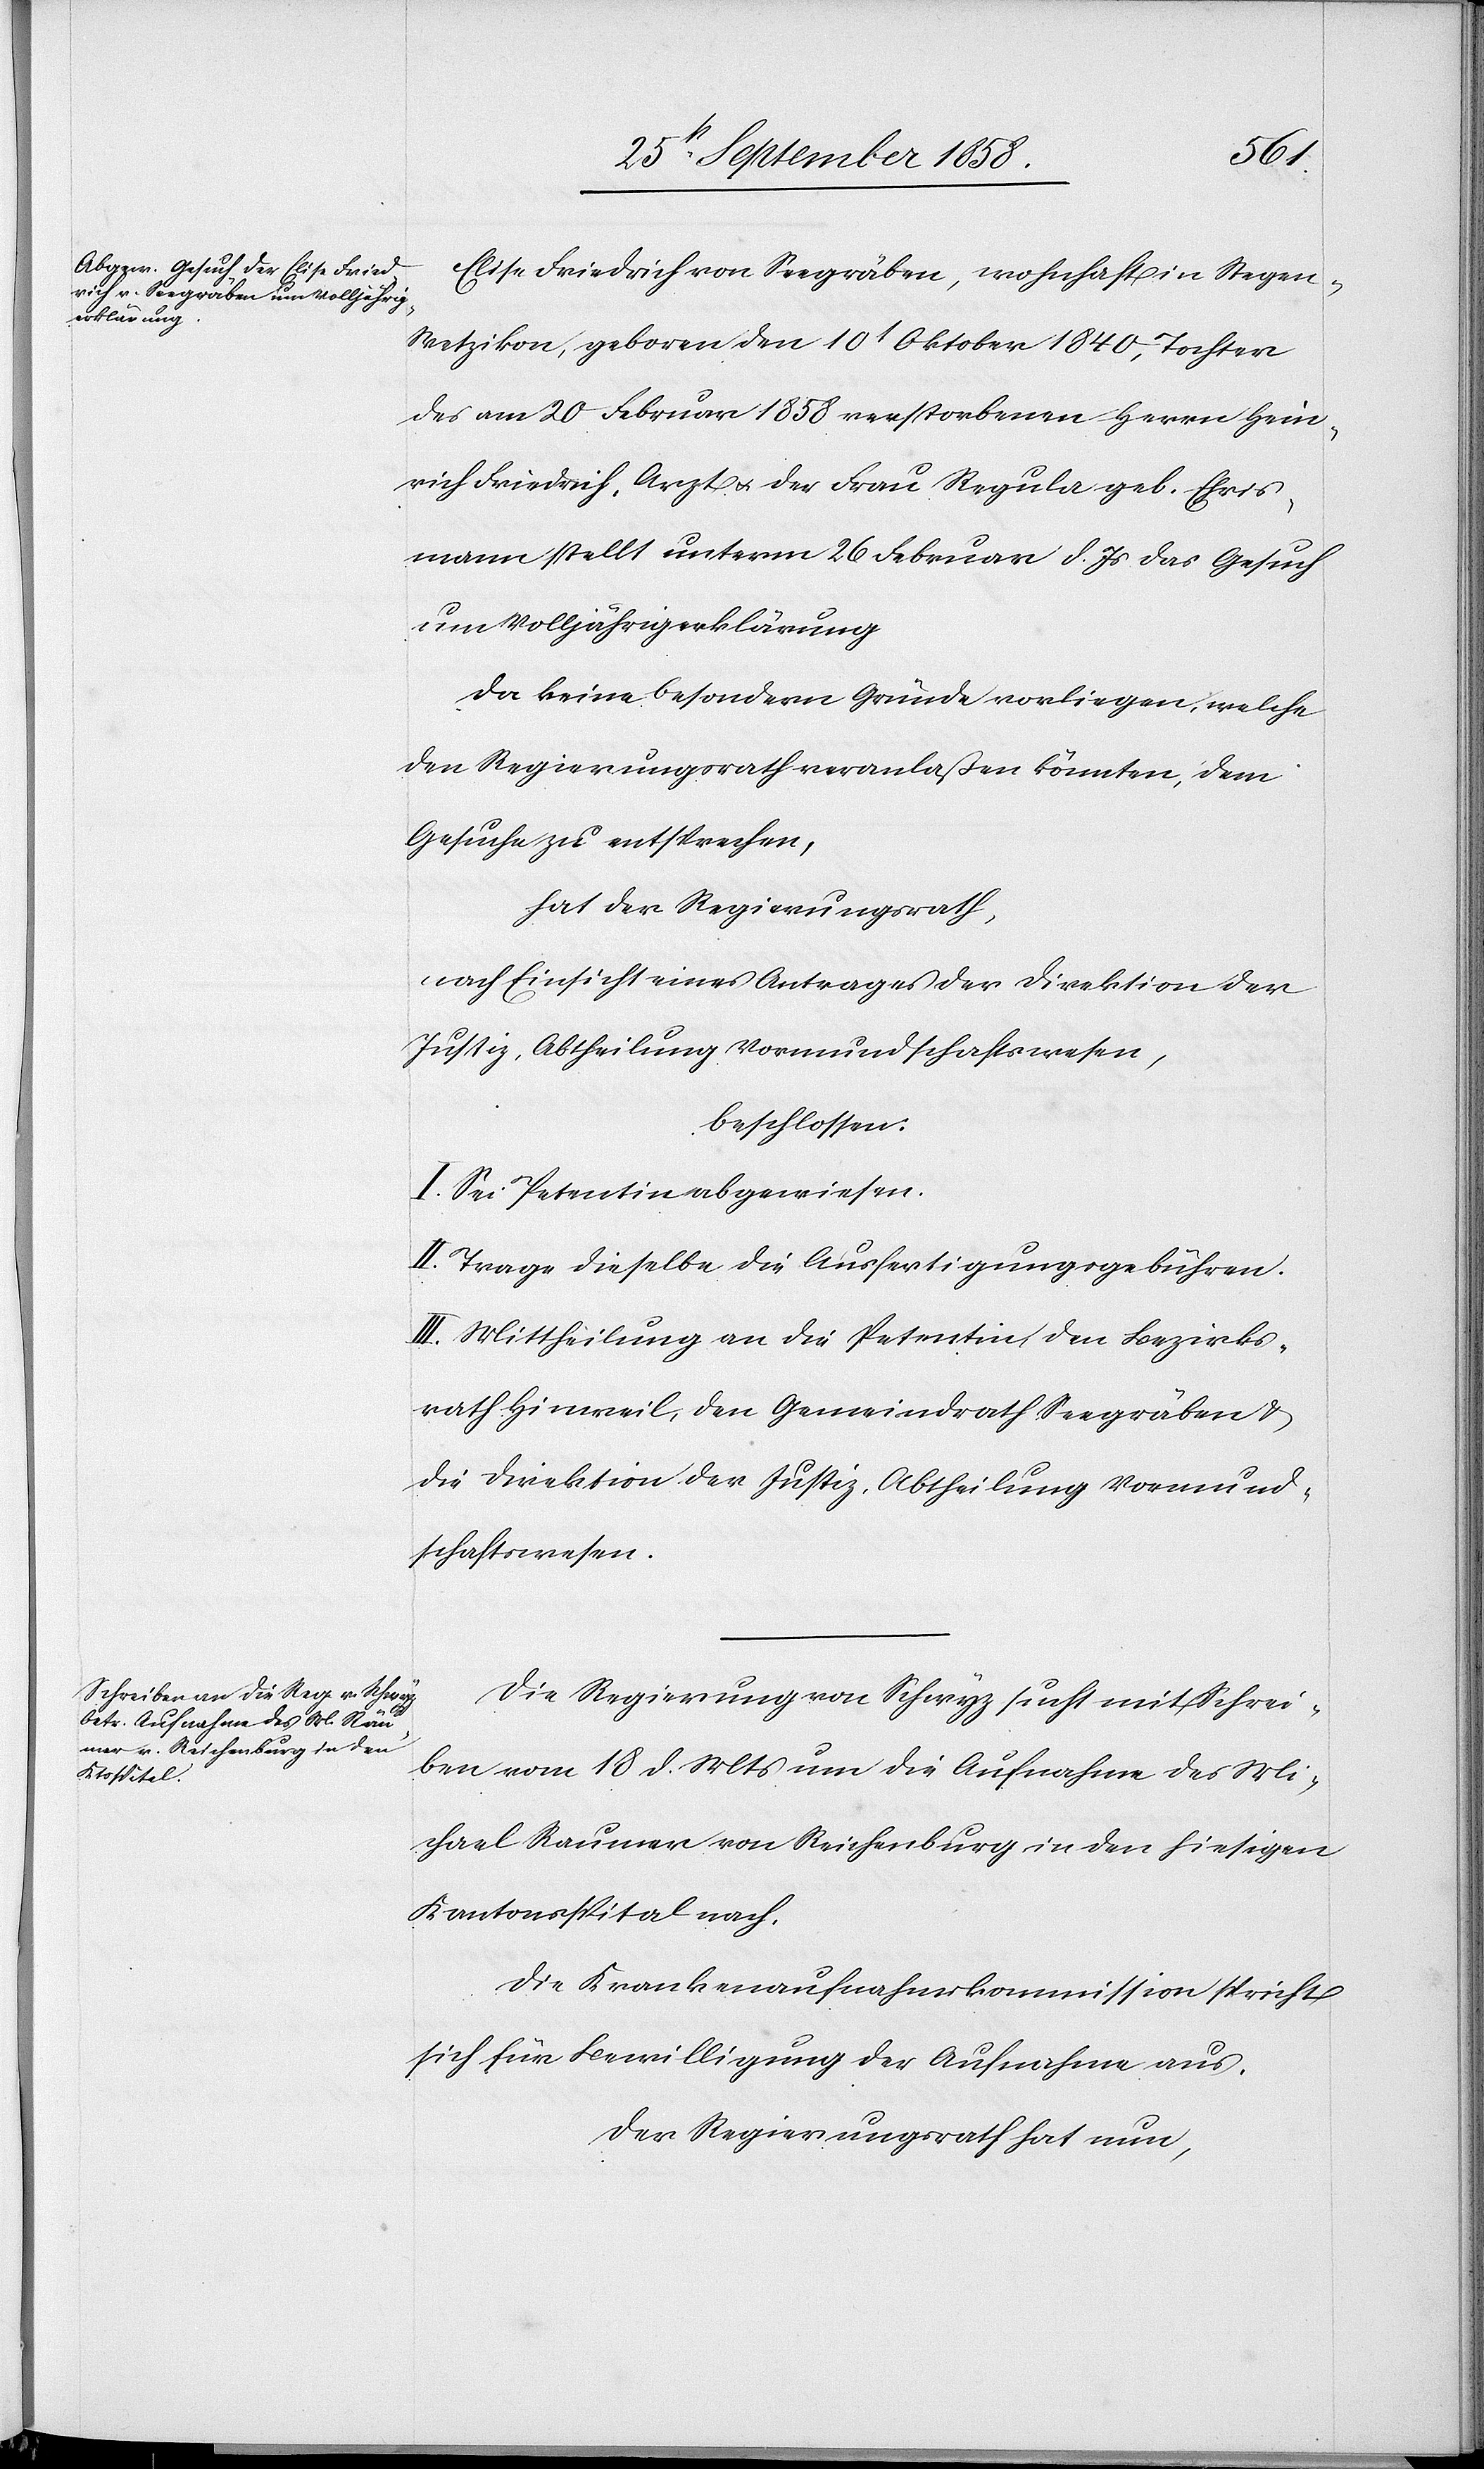
Elise Friedrich von Seegräben, wohnhaft in Stegen
Wetzikon, geboren den 10t Oktober 1840, Tochter
des am 20 Februar 1858 verstorbenen Herrn Hein¬
rich Friedrich, Arzt & der Frau Regula geb. Ehris¬
mann stellt unterm 26 Februar d. Js. das Gesuch
um Volljährigerklärung
Da keine besondern Gründe vorliegen, welche
den Regierungsrath veranlaßen könnten, dem
Gesuche zu entsprechen,
hat der Regierungsrath,
nach Einsicht eines Antrages der Direktion der
Justiz, Abtheilung Vormundschaftswesen,
beschlossen:
I. Sei Petentin abgewiesen.
II. Trage dieselbe die Ausfertigungsgebühren.
III. Mittheilung an die Petentin, den Bezirks¬
rath Hinweil, den Gemeindrath Seegräben &
die Direktion der Justiz, Abtheilung Vormund¬
schaftswesen.
Die Regierung von Schwyz sucht mit Schrei¬
ben vom 18 d. Mts um die Aufnahme des Mi¬
chael Raumer von Reichenburg in den hiesigen
Kantonsspital nach.
Die Krankenaufnahmskommission spricht
sich für Bewilligung der Aufnahme aus.
Der Regierungsrath hat nun,